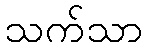
သက်သာ